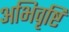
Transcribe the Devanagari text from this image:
अभिवृष्टि